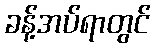
ခန့်အပ်ရာတွင်